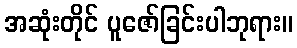
အဆုံးတိုင် ပူဇော်ခြင်းပါဘုရား။